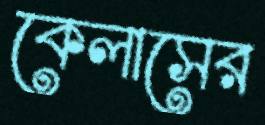
কেলাসের